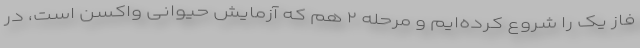
فاز یک را شروع کرده‌ایم و مرحله ۲ هم که آزمایش حیوانی واکسن است، در